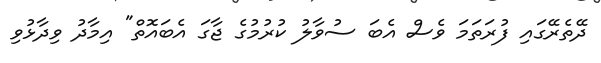
ދޭތެރޭގައި ފުރަތަމަ ވެސް އެބަ ސުވާލު ކުރުމުގެ ޖާގަ އެބައޮތް" އިމާދު ވިދާޅުވި